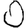
Digit: 0